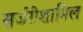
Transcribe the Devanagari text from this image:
सर्जरीशामिल